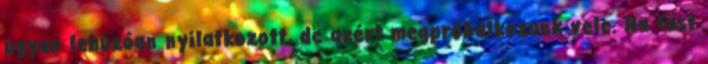
ugyan lehúzóan nyilatkozott, de azért megpróbálkozunk vele. Ha füst